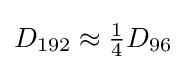
D_{192}\approx {\tfrac {1}{4}}D_{96}